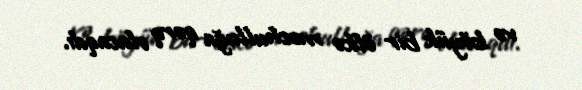
və böyük bir ölkə məchulluğa qərq olacaqdı.